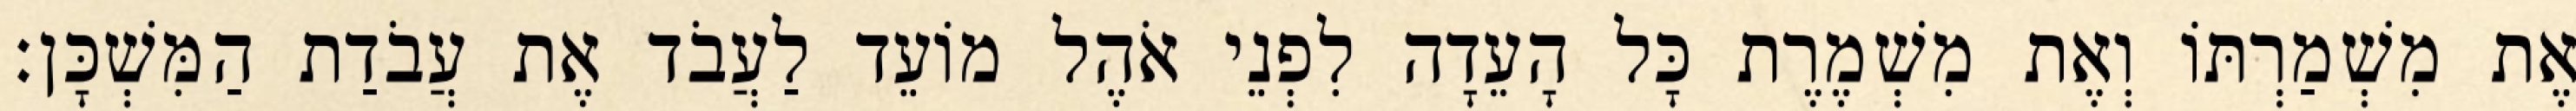
אֶת מִשְׁמַרְתּוֹ וְאֶת מִשְׁמֶרֶת כָּל הָעֵדָה לִפְנֵי אֹהֶל מוֹעֵד לַעֲבֹד אֶת עֲבֹדַת הַמִּשְׁכָּן׃